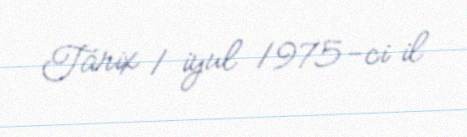
Tarix 1 iyul 1975-ci il